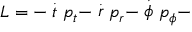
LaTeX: L = - \stackrel { . } { t } p _ { t } - \stackrel { . } { r } p _ { r } - \stackrel { . } { \phi } p _ { \phi } -